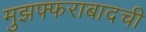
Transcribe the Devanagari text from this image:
मुझफ्फराबादची